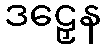
ဒဠှေန